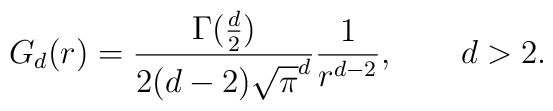
G_d(r)=\frac{\Gamma(\frac{d}{2})}{2(d-2)\sqrt{\pi}^d}\frac{1}{r^{d-2}},\qquad d>2.